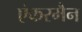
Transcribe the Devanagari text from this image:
एंकरमैन